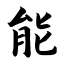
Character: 能